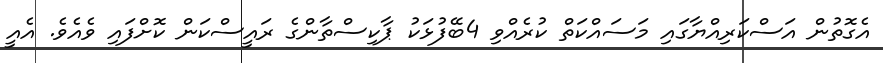
އެގޮތުން އަސްކަރިއްޔާގައި މަސައްކަތް ކުރެއްވި 4ބޭފުޅަކު ޕާކިސްތާންގެ ރައީސްކަން ކޮށްފައި ވެއެވެ. އެއީ